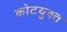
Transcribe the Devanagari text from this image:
कोटयुक्त